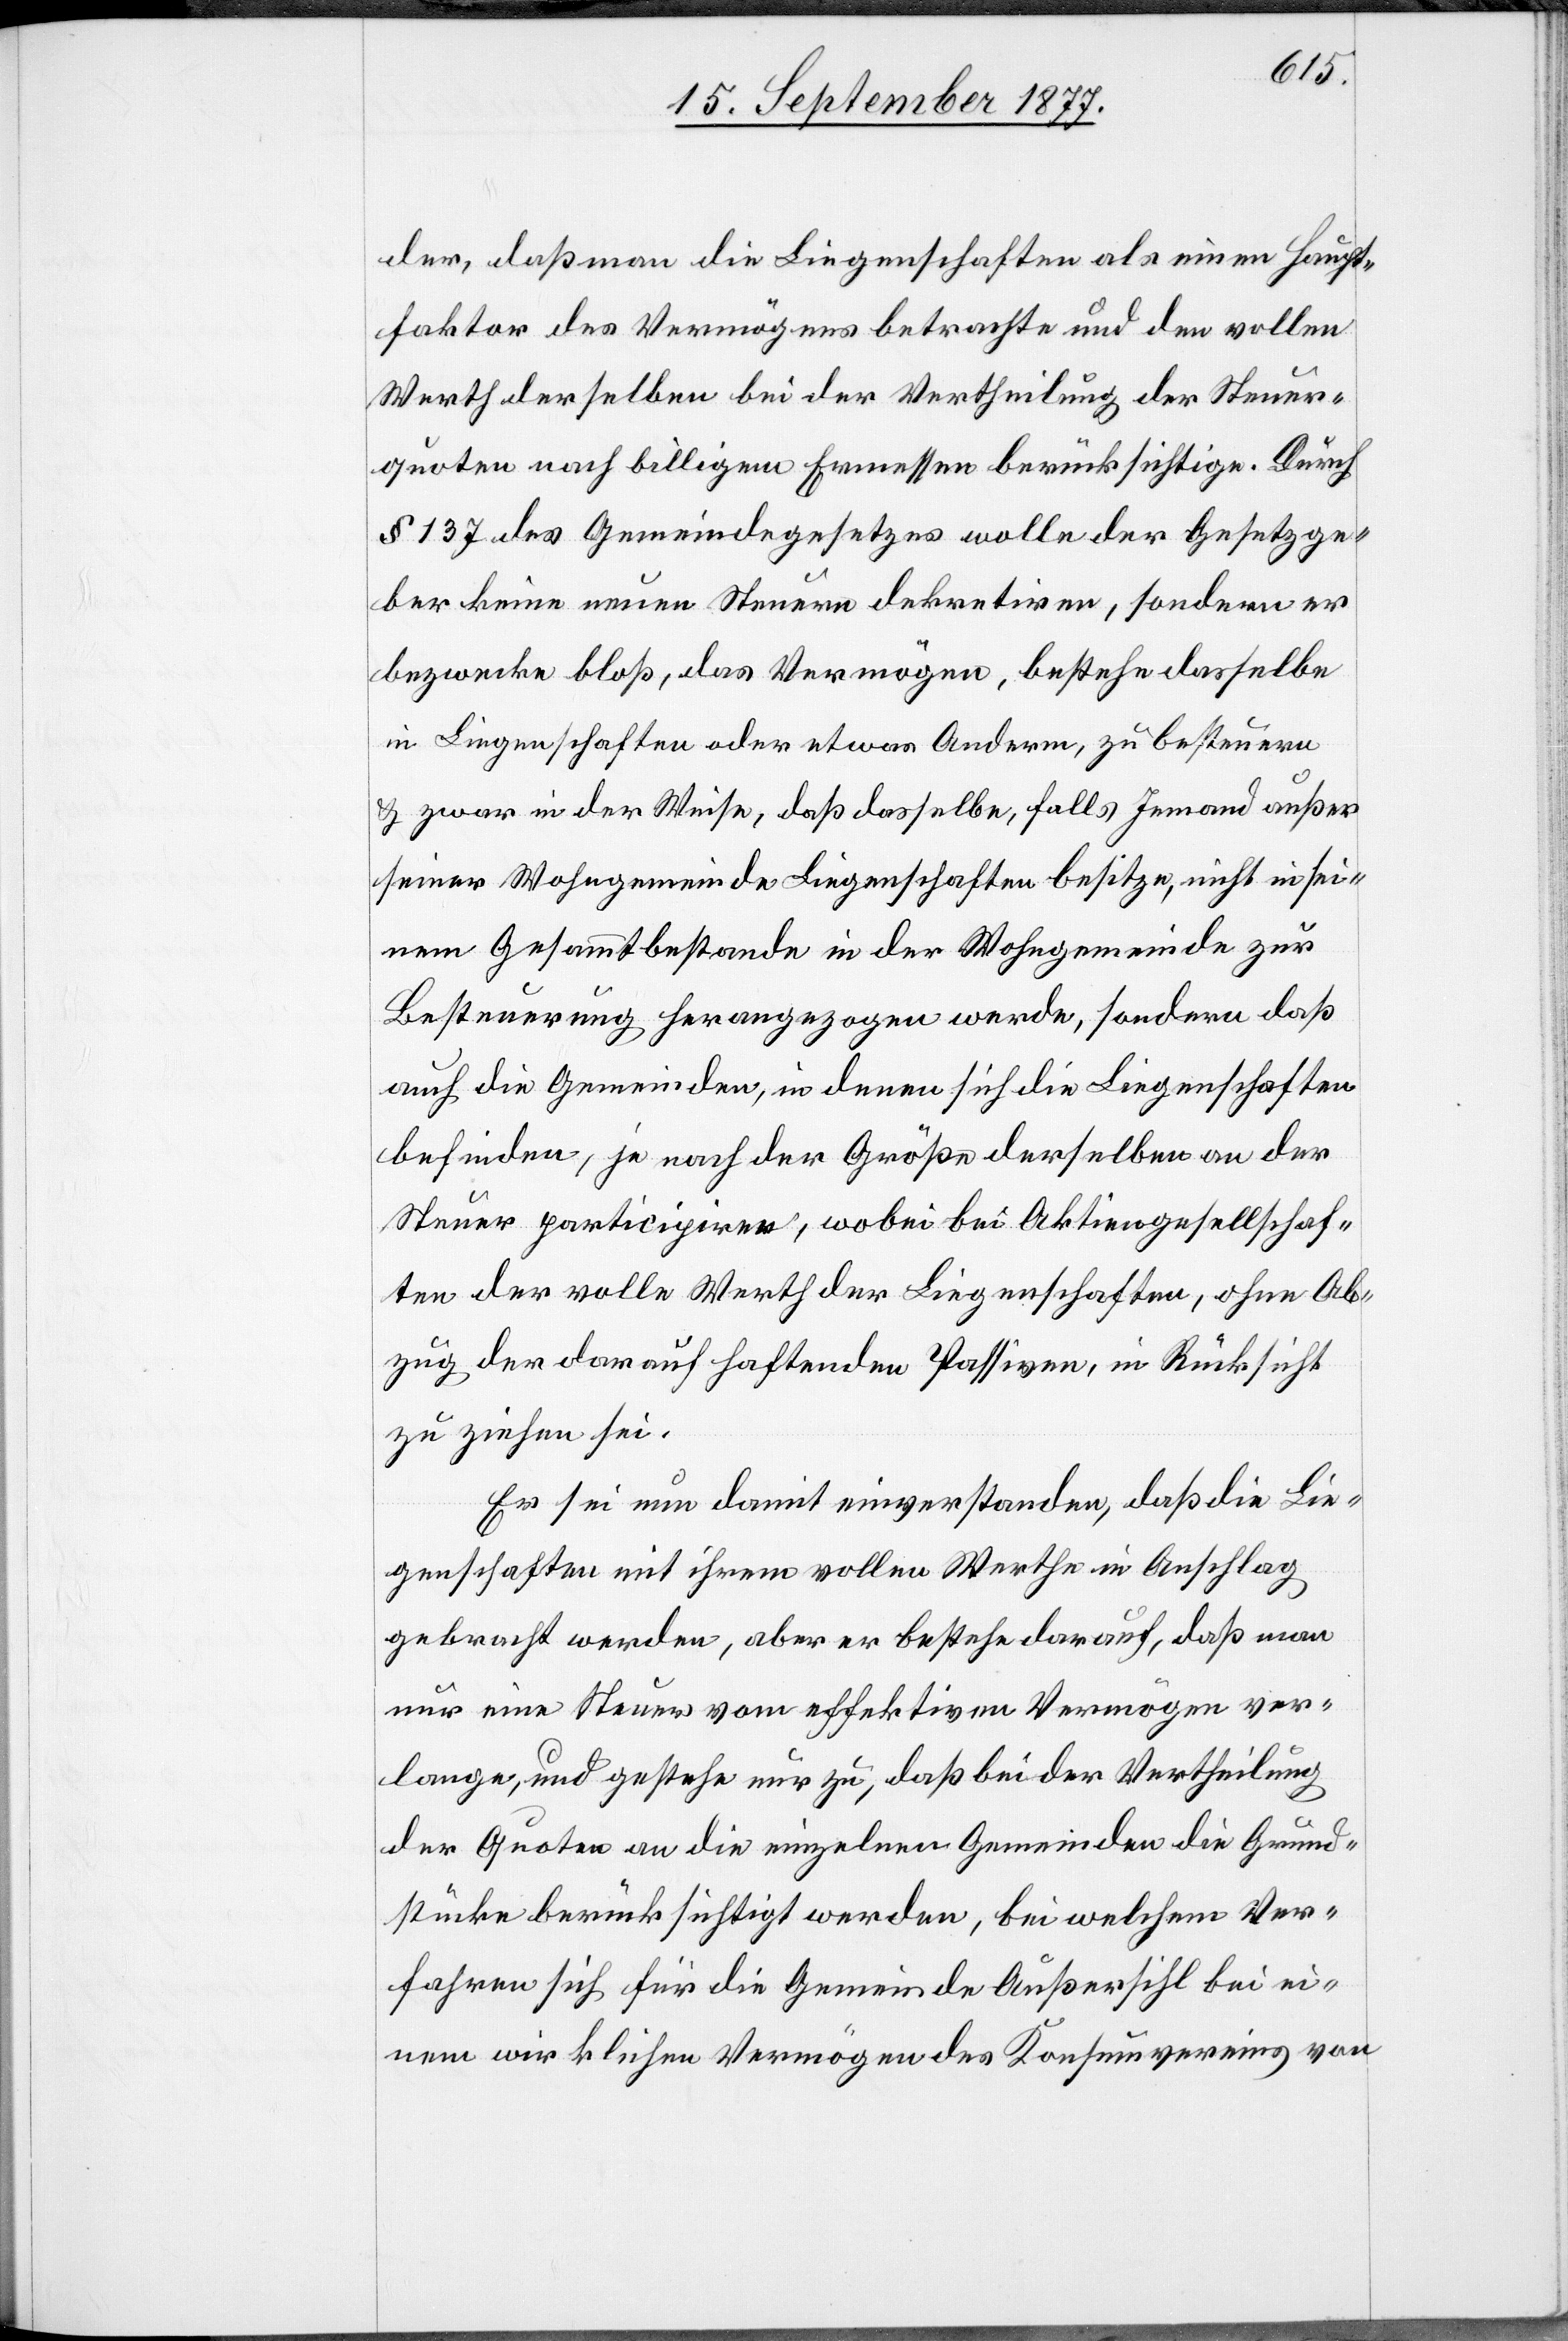
der, daß man die Liegenschaften als einen Haupt¬
faktor des Vermögens betrachte und den vollen
Werth derselben bei der Vertheilung der Steuer¬
quoten nach billigem Ermessen berücksichtige. Durch
§ 137 des Gemeindegesetzes wolle der Gesetzge¬
ber keine neuen Steuern dekretiren, sondern er
bezwecke bloß, das Vermögen, bestehe dasselbe
in Liegenschaften oder etwas Anderm, zu besteuern
& zwar in der Weise, daß dasselbe, falls Jemand außer
seiner Wohngemeinde Liegenschaften besitze, nicht in sei¬
nem Gesammtbestande in der Wohngemeinde zur
Besteuerung herangezogen werde, sondern daß
auch die Gemeinden, in denen sich die Liegenschaften
befinden, je nach der Größe derselben an der
Steuer participiren, wobei bei Aktiengesellschaf¬
ten der volle Werth der Liegenschaften, ohne Ab¬
zug der darauf haftenden Passiven, in Rücksicht
zu ziehen sei.
Er sei nun damit einverstanden, daß die Lie¬
genschaften mit ihrem vollen Werthe in Anschlag
gebracht werden, aber er bestehe darauf, daß man
nur eine Steuer vom effektiven Vermögen ver¬
lange, und gestehe nur zu, daß bei der Vertheilung
der Quoten an die einzelnen Gemeinden die Grund¬
stücke berücksichtigt werden, bei welchem Ver¬
fahren sich für die Gemeinde Außersihl bei ei¬
nem wirklichen Vermögen des Konsumvereins von